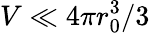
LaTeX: V\ll 4\pi r_{0}^{3}/3